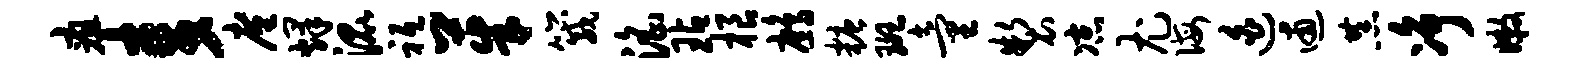
疽麦廑烽混祗茱箴淫玷根鹧糖斑童制凉尤诲迫逋恭净嫩